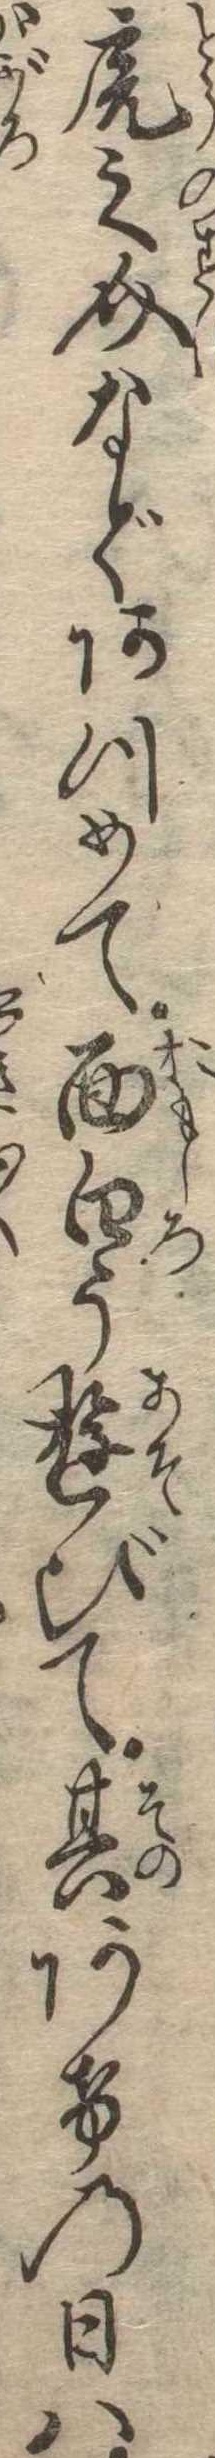
虎之介などあつめて面白う遊びて其あけの日は